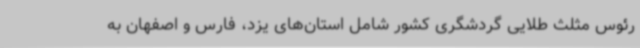
رئوس مثلث طلایی گردشگری کشور شامل استان‌های یزد، فارس و اصفهان به